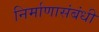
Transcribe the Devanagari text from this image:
निर्माणासंबंधी